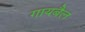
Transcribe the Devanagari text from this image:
गायबैल